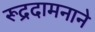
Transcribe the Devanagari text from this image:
रूद्रदामनाने